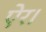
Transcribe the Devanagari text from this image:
ऐर।